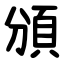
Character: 頒